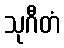
သုဂီတံ